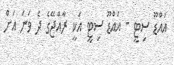
އައްޑޫ ސިޓީ - އައްޑޫ ސިޓީ އަކީ ރާއްޖޭގެ ދެ ވަނަ އަށް